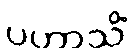
ပဟာသိံ